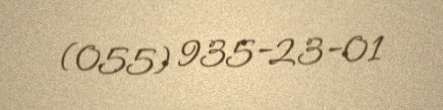
(055) 935-23-01